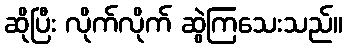
ဆိုပြီး လိုက်လိုက် ဆွဲကြသေးသည်။